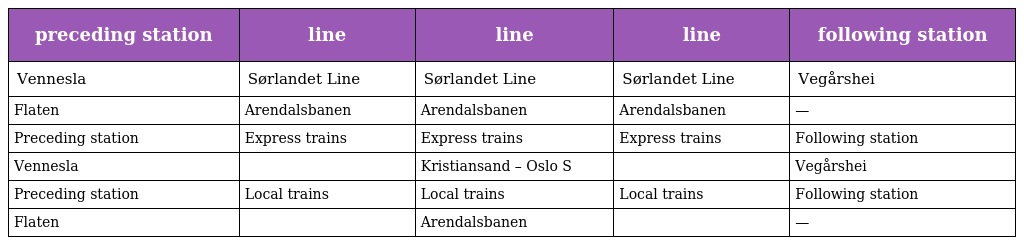
| preceding station | line | line | line | following station |
 | --- | --- | --- | --- | --- |
 | Vennesla | Sørlandet Line | Sørlandet Line | Sørlandet Line | Vegårshei |
 | Flaten | Arendalsbanen | Arendalsbanen | Arendalsbanen | — |
 | Preceding station | Express trains | Express trains | Express trains | Following station |
 | Vennesla |  | Kristiansand – Oslo S |  | Vegårshei |
 | Preceding station | Local trains | Local trains | Local trains | Following station |
 | Flaten |  | Arendalsbanen |  | — |